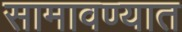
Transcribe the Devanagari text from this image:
सामावण्यात